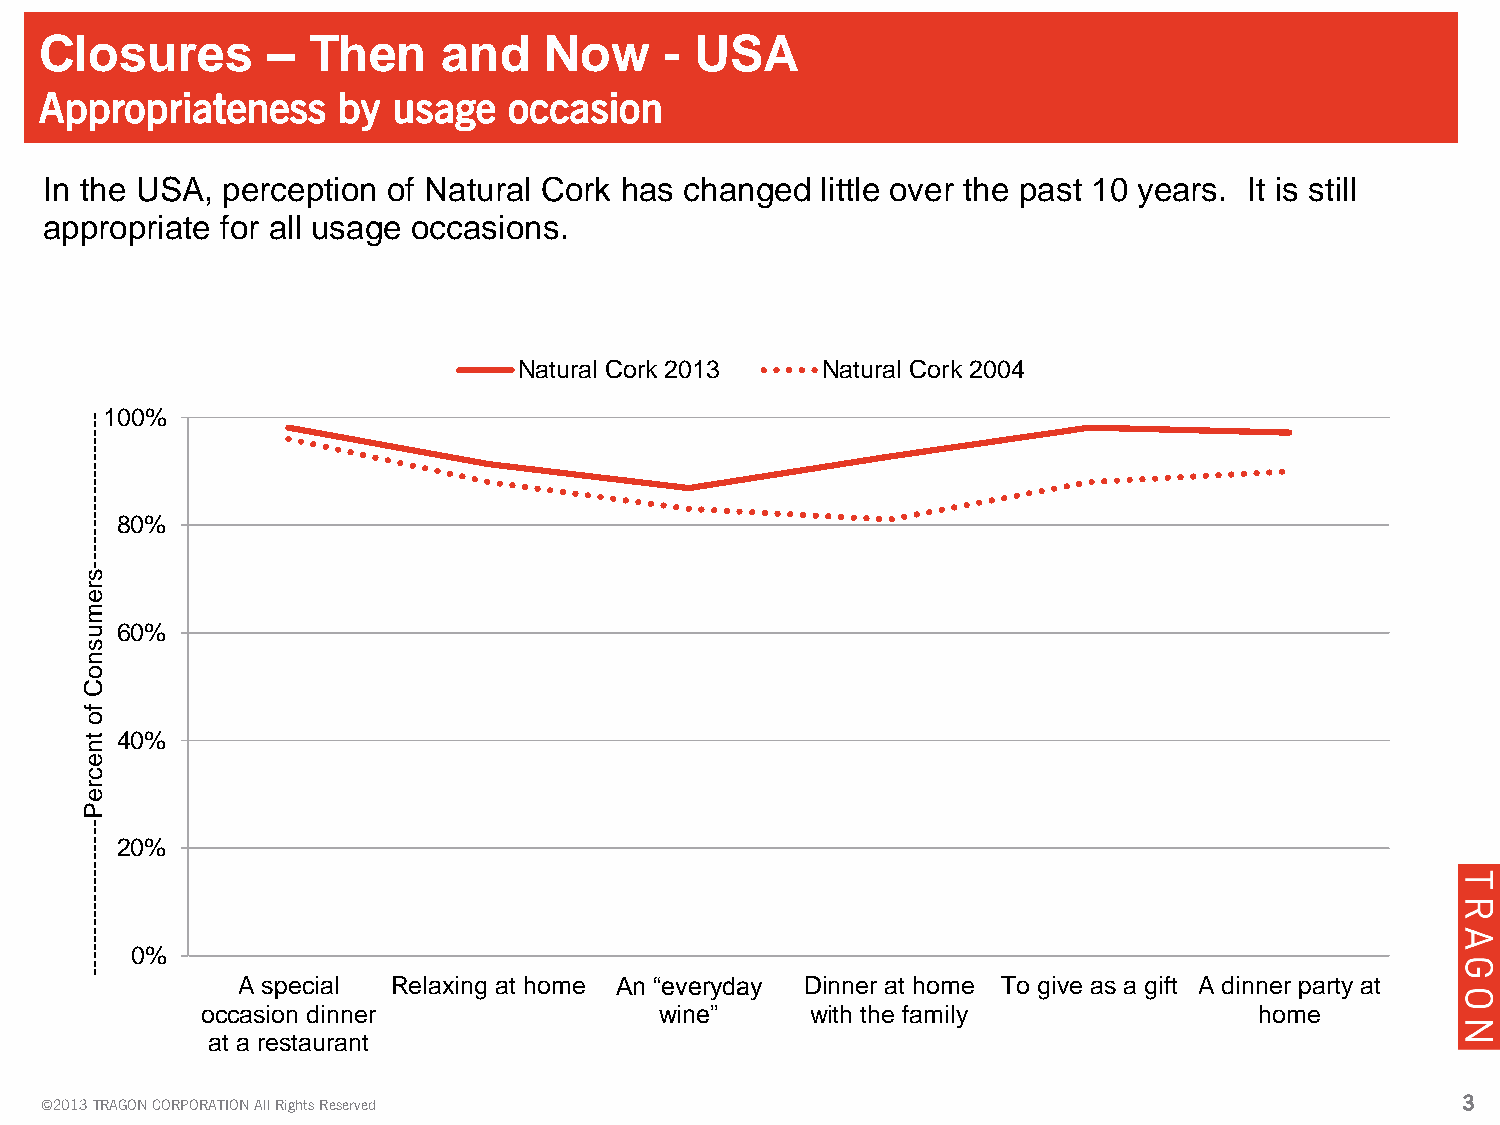
Closures       – Then     and    Now     - USA
 Appropriateness    by  usage   occasion
 In the USA, perception of Natural Cork has changed little over the past 10 years. It is still
 appropriate for all usage occasions.
 Natural Cork 2013   Natural Cork 2004
 - 100%
 -
 -
 -
 -
 -
 -
 -
 -
 -
 -
 -
 - - 80%
 -
 -
 -
 -
 -
 s
 r
 e
 m
 u  60%
 s
 n
 o
 C
 f
 o
 t  40%
 n
 e
 c
 r
 e
 P
 -
 -
 -  20%
 -
 -
 -
 -
 -
 -
 -
 -
 -
 -
 -
 -
 -   0%
 -
 -
 -
 A special Relaxing at home An “everyday Dinner at home To give as a gift A dinner party at
 occasion dinner                wine”     with the family              home
 at a restaurant
 ©2013 TRAGON CORPORATION All Rights Reserved                                                  33